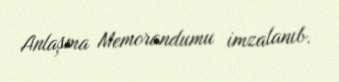
Anlaşma Memorandumu imzalanıb.